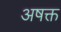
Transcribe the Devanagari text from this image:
अषक्त